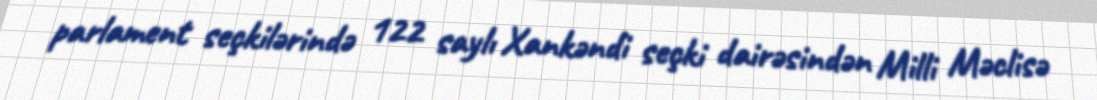
parlament seçkilərində 122 saylı Xankəndi seçki dairəsindən Milli Məclisə